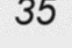
35